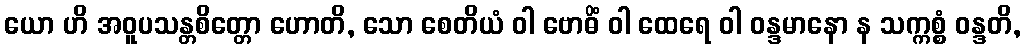
ယော ဟိ အဝူပသန္တစိတ္တော ဟောတိ, သော စေတိယံ ဝါ ဗောဓိံ ဝါ ထေရေ ဝါ ဝန္ဒမာနော န သက္ကစ္စံ ဝန္ဒတိ,